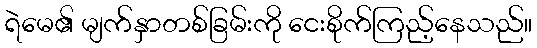
ရဲမေ၏ မျက်နှာတစ်ခြမ်းကို ငေးစိုက်ကြည့်နေသည်။